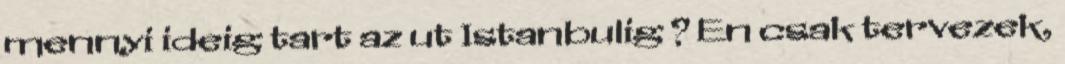
mennyi ideig tart az ut Istanbulig ? En csak tervezek,